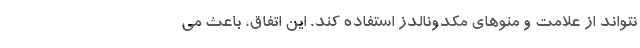
نتواند از علامت و منوهای مکدونالدز استفاده کند. این اتفاق، باعث می